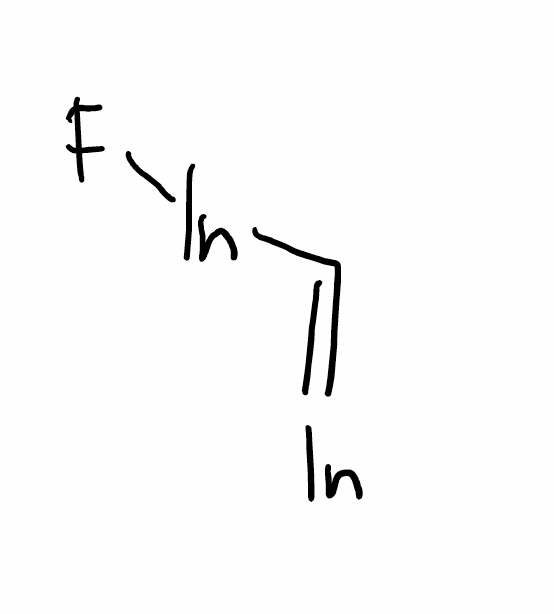
Simplified molecular-input line-entry system (SMILES) notation of the given molecule:
C(=[In])[In]F